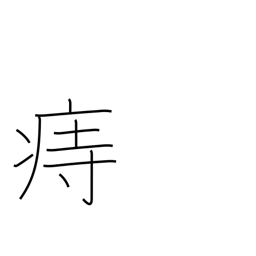
Meaning: hemorrhoids